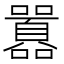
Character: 囂